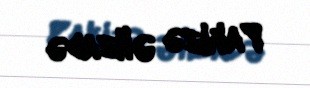
Pakizə Əlizadə